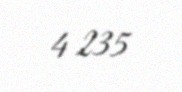
4 235